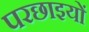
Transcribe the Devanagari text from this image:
परछाइयों